Leningradi_Edasi_toimetus, lk 66
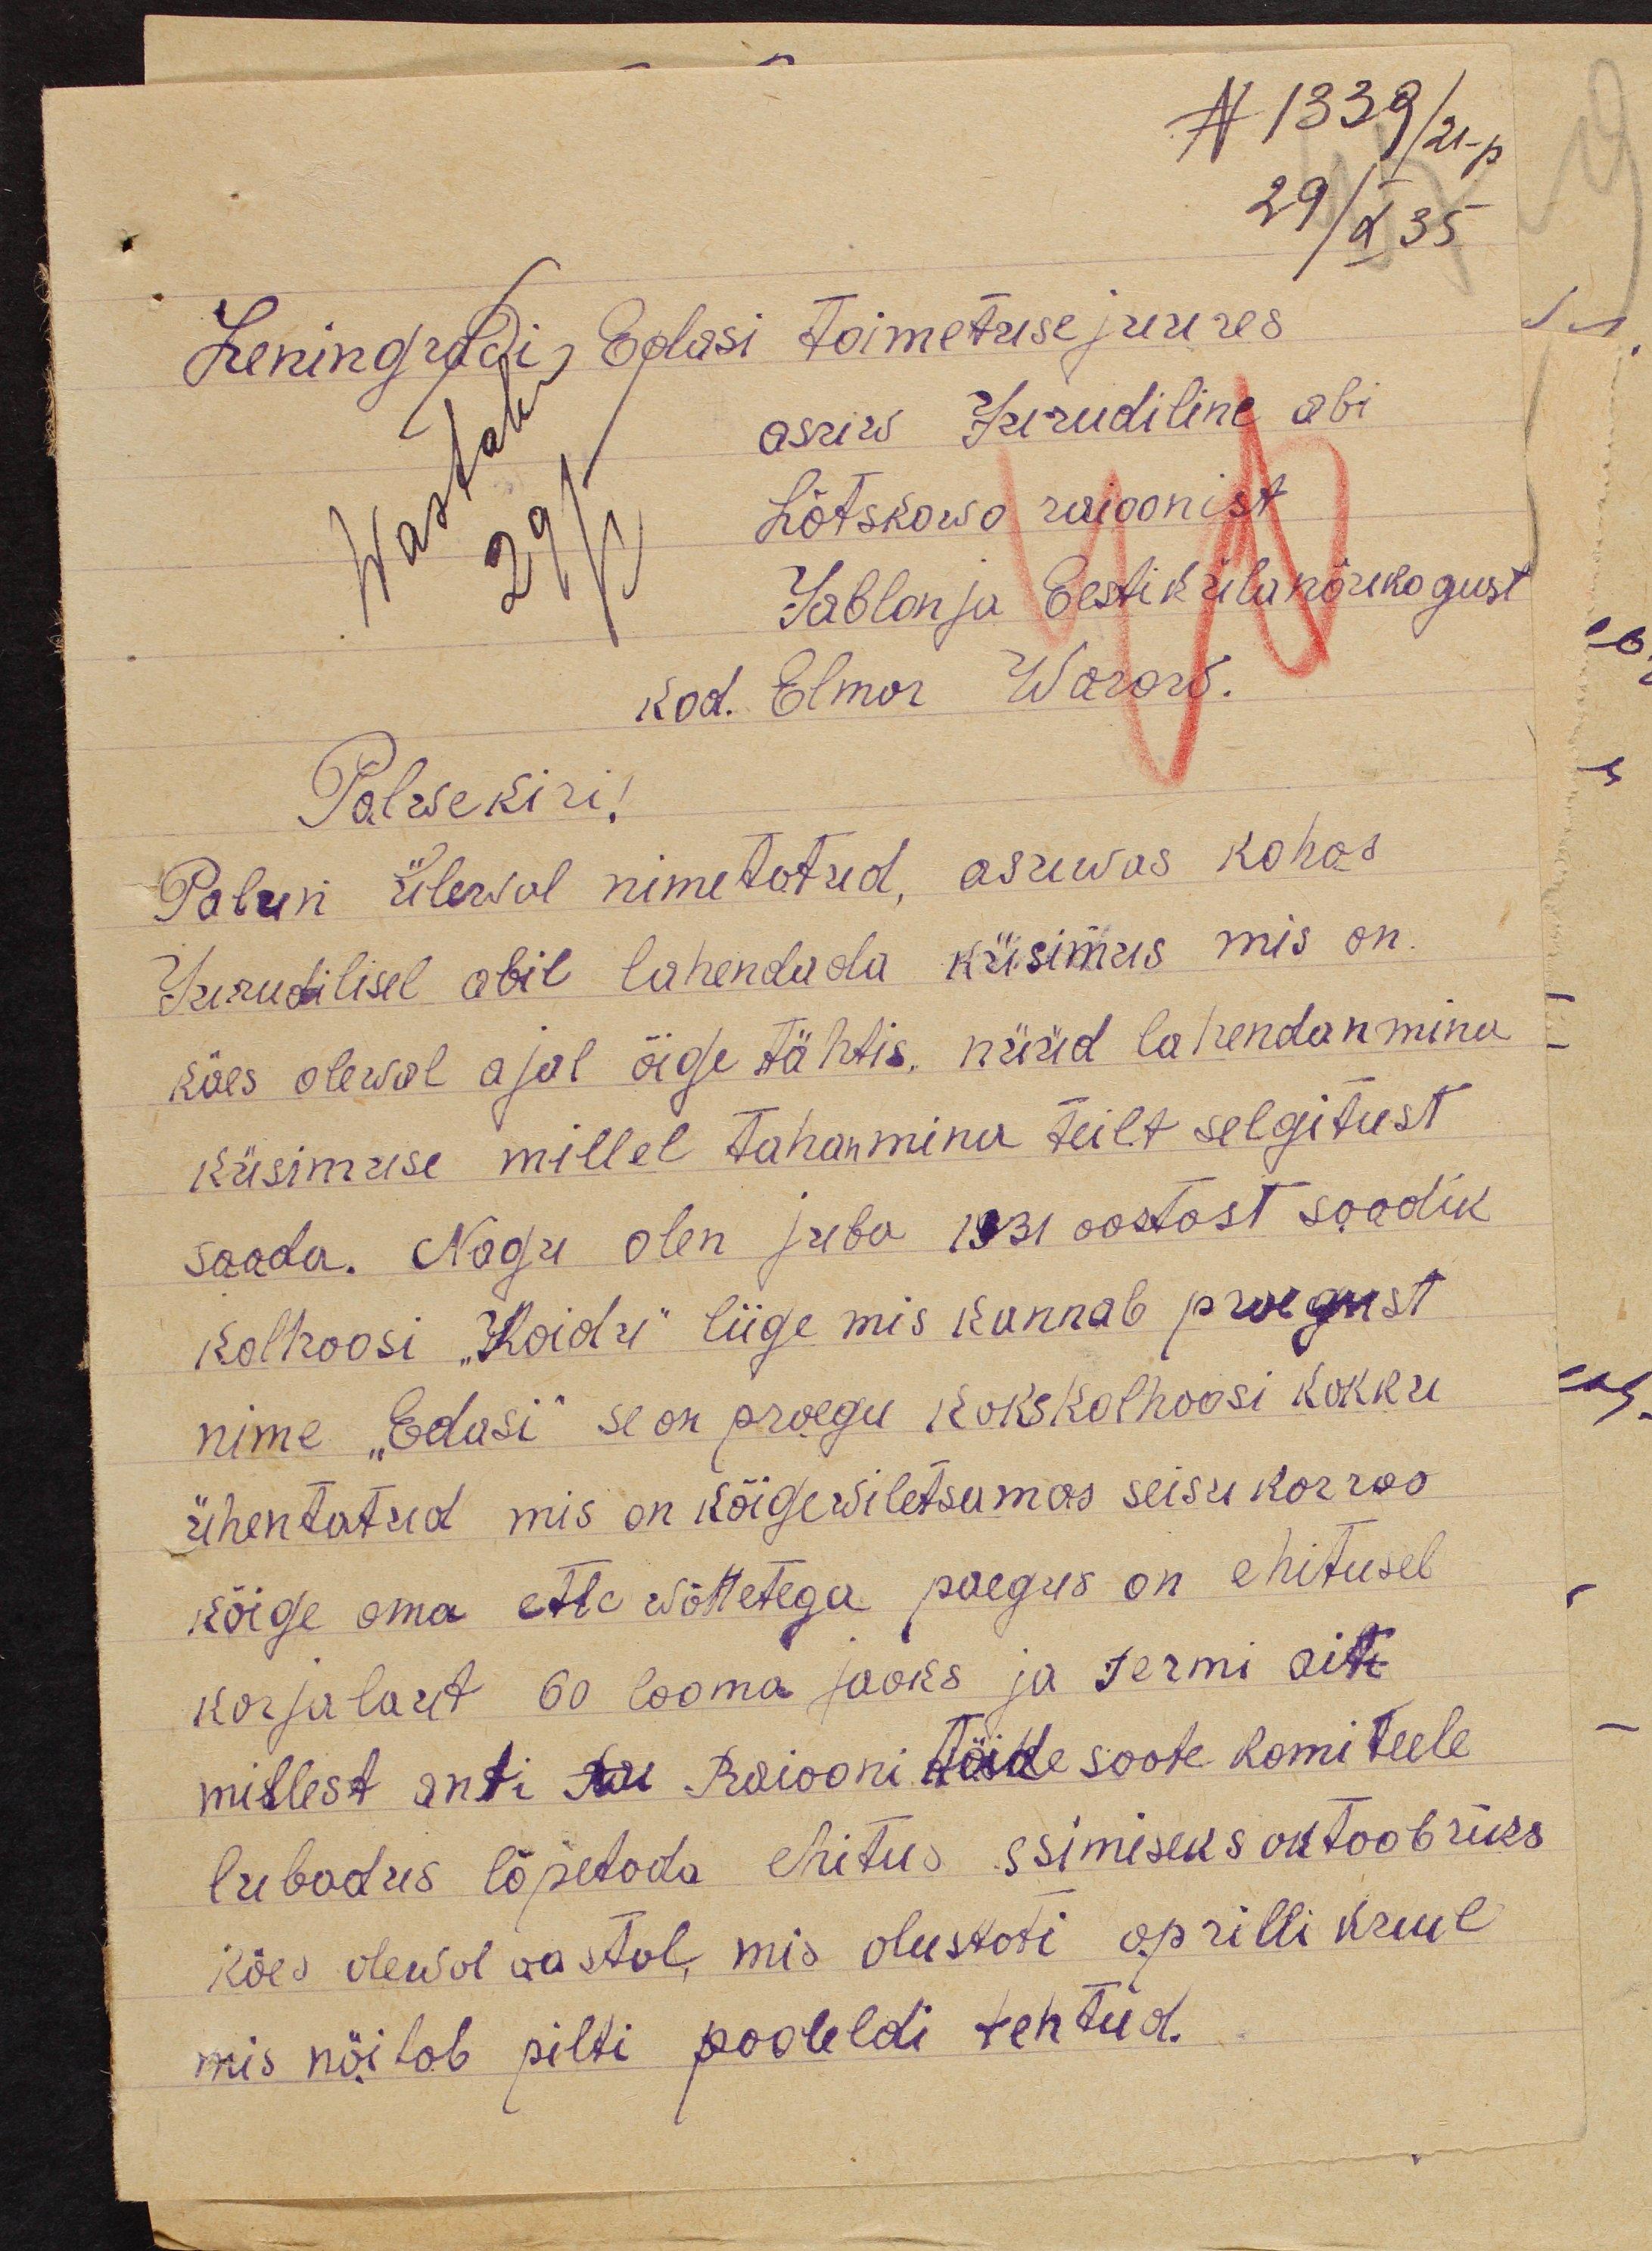
N 1339/ 21-p.
29/ X 35
Leningradi Edasi toimetuse juures
asuw Juriidiline abi
wastab
295
Lõtskowo raioonist
Jablon ja Eesti küla nõukogust
kod. Elmar Warow.
Palwekiri!
Palun ülewal nimetatud, asuwas kohas
Juriidilisel abil lahendada küsimus mis on
käes olewal ajal õige tähtis, nüüd lahendan mina
küsimuse millel tahan mina teilt selgitust
saada. Nagu olen juba 1931 aastast saadik
kolhoosi "Koidu" liige mis kannab praegust
nime "Edasi" se on praegu kaks kolhoosi kokku
ühentatud mis on kõige wiletsamas seisukorras
kõige oma ette wõttetega paegus on ehitusel
karjalaut 60 looma jaoks ja termi ait
millest anti asu Raiooni täide saate komiteele
lubadus lõpetada ehitus esimiseks oktoobriks
käes olewal aastal, mis alustati aprilli kuul
mis näitab pilti pooleldi tehtud.